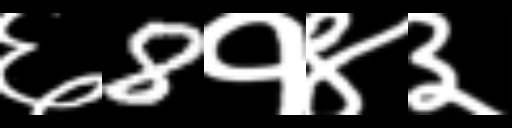
Text: ६8१४३